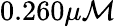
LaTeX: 0.260\mu\mathcal{M}